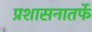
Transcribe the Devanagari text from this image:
प्रशासनातर्फे